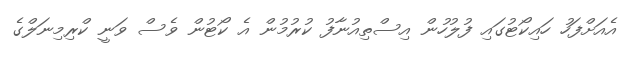
އެއަށްފަހު ހައިކޯޓުގައި ފުލުހުން އިސްތިއުނާފު ކުރުމުން އެ ކޯޓުން ވެސް ވަނީ ކްރިމިނަލްގެ